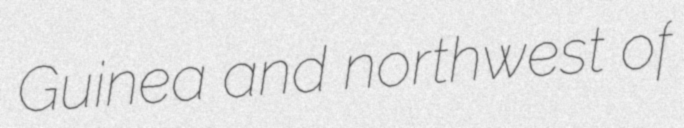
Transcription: Guinea and northwest of